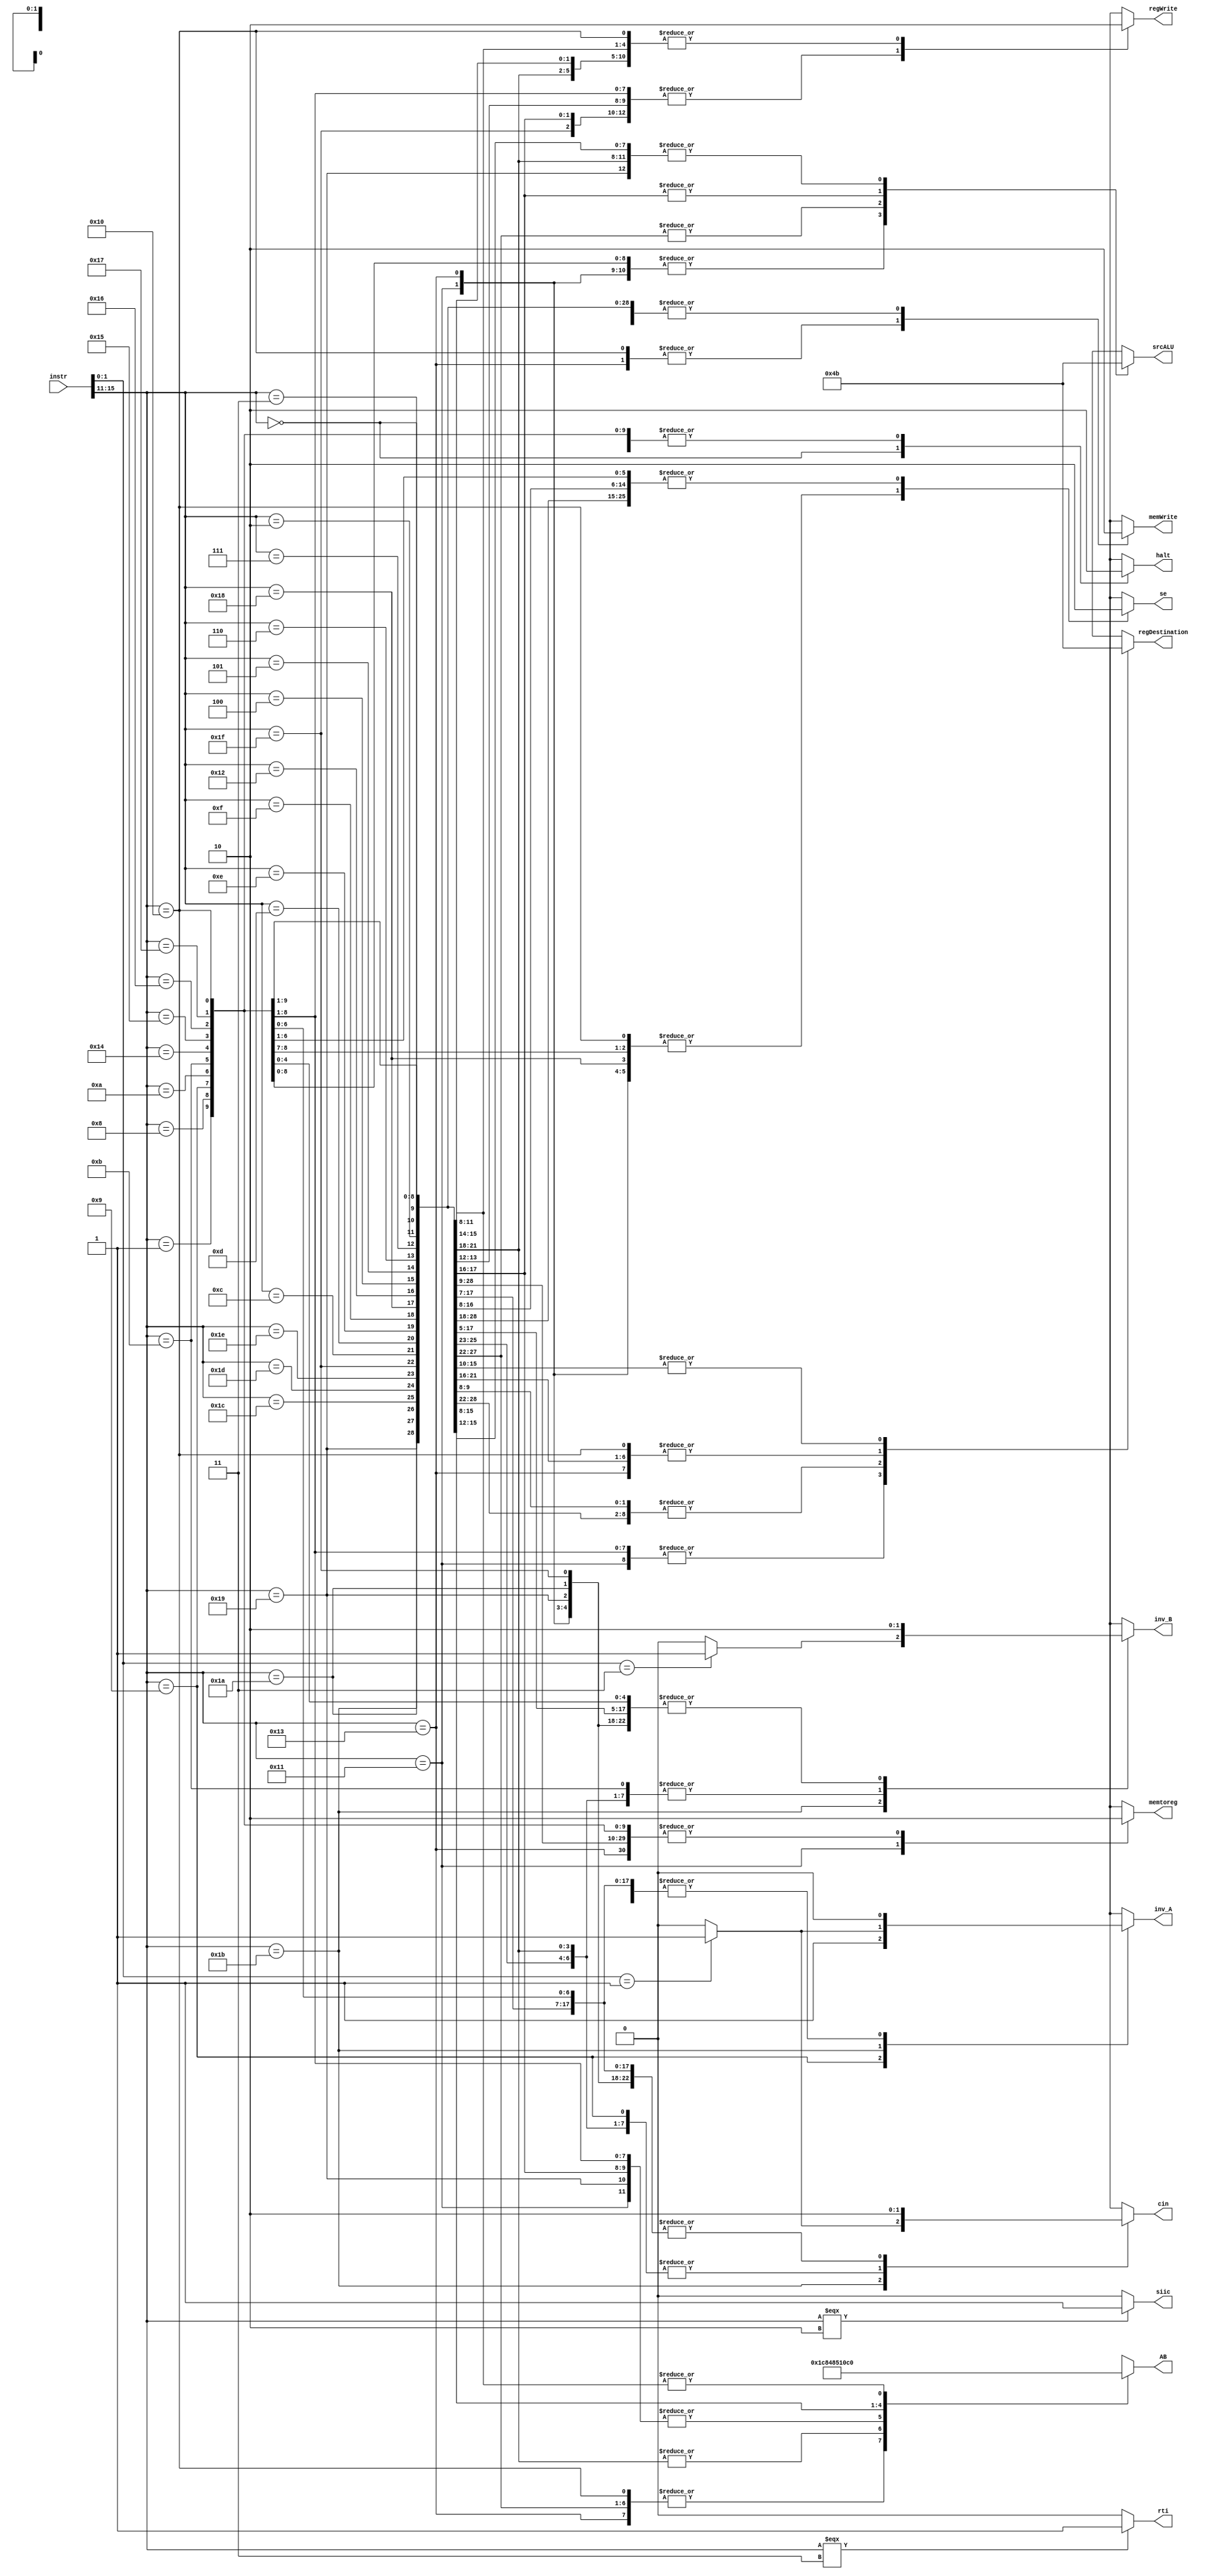
module control(instr, srcALU, regDestination, memWrite, regWrite, memtoreg, inv_A, inv_B, cin, AB, se, halt, siic, rti);

  input [15:0] instr;
  output reg [1:0] srcALU;
  output reg [1:0] regDestination;
  output reg memWrite, regWrite, memtoreg;
  output reg inv_A, inv_B, cin;
  output reg [4:0] AB;
  output reg se;
  output reg halt;
  output siic;
  output rti;

  assign siic = (instr[15:11]===5'b00010)? 1'b1: 1'b0;
  assign rti = (instr[15:11]===5'b00011)? 1'b1: 1'b0;  

  always @(*) begin
///////////////////////////////////////////////////////////////
// 	 	 DEFAULTING THE CONTROL SIGNALS  	     //
//	- - - - - - - - - - - - - - - - - - - - - - - -      //
//		memWrite, RegWrite, memtoreg -> 0	     //
//		       srcALU -> 0  			     //
//	   	       RegDst -> R7			     //
//			AB -> 0  			     //
//		inv_A, inv_B, Cin, se, halt -> 0	     //
///////////////////////////////////////////////////////////////
    srcALU = 2'b11; 
    regDestination = 2'b11; 
    memWrite = 1'b0;
    regWrite = 1'b0;
    memtoreg = 1'b0;
    inv_A = 1'b0;
    inv_B = 1'b0;
    cin = 1'b0;
    AB = 5'b00000;
    se = 1'b0;
    halt = 1'b0;
    //siic = 1'b0;
    //rti = 1'b0;

    case ({instr[15:11]})
///////////////////////////////////////////////////////////
// 		        HALT 		      		 //
//   Cease instruction issue, dump memory state to file	 //
/////////////////////////////////////////  //////////////// 
      5'b00000: begin 
        regDestination = 2'b00; 
        halt = 1'b1;
      end

///////////////////////////////////////////////////////////
// 		        NOP 		      		 //
//   			None				 //
/////////////////////////////////////////////////////////// 
      5'b00001: begin 
        regDestination = 2'b00; 
      end

///////////////////////////////////////////////////////////
// 		        ADDI 		      		 //
//   		    Rd, Rs, immediate			 //
/////////////////////////////////////////////////////////// 
      5'b01000: begin 
        srcALU = 2'b01; 
        regDestination = 2'b01; 
        regWrite = 1'b1;
        AB = 5'b00010;
        se = 1'b1;
      end

///////////////////////////////////////////////////////////
// 		        SUBI 		      		 //
//   		    Rd, Rs, immediate			 //
///////////////////////////////////////////////////////////
      5'b01001: begin
        srcALU = 2'b01; 
        regDestination = 2'b01; 
        regWrite = 1'b1;
        inv_A = 1'b1;
        cin = 1'b1;
        AB = 5'b00010;
        se = 1'b1;
      end

///////////////////////////////////////////////////////////
// 		        XORI 		      		 //
//   		    Rd, Rs, immediate			 //
/////////////////////////////////////////////////////////// 
      5'b01010: begin 
        srcALU = 2'b01; 
        regDestination = 2'b01; 
        regWrite = 1'b1;
        AB = 5'b00010;
      end

///////////////////////////////////////////////////////////
// 		        ANDI 		      		 //
//   		    Rd, Rs, immediate			 //
/////////////////////////////////////////////////////////// 
      5'b01011: begin 
        srcALU = 2'b01; 
        regDestination = 2'b01; 
        regWrite = 1'b1;
        inv_B = 1'b1;
        AB = 5'b00010;
      end

///////////////////////////////////////////////////////////
// 		        ROLI 		      		 //
//   		    Rd, Rs, immediate			 //
/////////////////////////////////////////////////////////// 
      5'b10100: begin 
        srcALU = 2'b01; 
        regDestination = 2'b01; 
        regWrite = 1'b1;
        AB = 5'b00010;
      end

///////////////////////////////////////////////////////////
// 		        SLLI 		      		 //
//   		    Rd, Rs, immediate			 //
/////////////////////////////////////////////////////////// 
      5'b10101: begin 
        srcALU = 2'b01; 
        regDestination = 2'b01; 
        regWrite = 1'b1;
        AB = 5'b00010;
      end

///////////////////////////////////////////////////////////
// 		        RORI 		      		 //
//   		    Rd, Rs, immediate			 //
/////////////////////////////////////////////////////////// 
      5'b10110: begin 
        srcALU = 2'b01; 
        regDestination = 2'b01; 
        regWrite = 1'b1;
        AB = 5'b00010;
      end


///////////////////////////////////////////////////////////
// 		        SRLI 		      		 //
//   		    Rd, Rs, immediate			 //
/////////////////////////////////////////////////////////// 
      5'b10111: begin 
        srcALU = 2'b01; 
        regDestination = 2'b01; 
        regWrite = 1'b1;
        AB = 5'b00010;
      end

///////////////////////////////////////////////////////////
// 		        ST 		      		 //
//   		    Rd, Rs, immediate			 //
/////////////////////////////////////////////////////////// 
      5'b10000: begin 
        srcALU = 2'b01; 
        regDestination = 2'b10; 
        memWrite = 1'b1;
        AB = 5'b00011;
        se = 1'b1;
      end


///////////////////////////////////////////////////////////
// 		        LD 		      		 //
//   		    Rd, Rs, immediate			 //
/////////////////////////////////////////////////////////// 
      5'b10001: begin 
        srcALU = 2'b01; 
        regDestination = 2'b01; 
        regWrite = 1'b1;
        memtoreg = 1'b1;
        AB = 5'b00010;
        se = 1'b1;
      end


///////////////////////////////////////////////////////////
// 		        STU 		      		 //
//   		    Rd, Rs, immediate			 //
/////////////////////////////////////////////////////////// 
      5'b10011: begin 
        srcALU = 2'b01; 
        regDestination = 2'b10; 
        memWrite = 1'b1;
        regWrite = 1'b1;
        AB = 5'b00011;
        se = 1'b1;
      end


///////////////////////////////////////////////////////////
// 		        BTR 		      		 //
//   		      Rd, Rs				 //
///////////////////////////////////////////////////////////
      5'b11001: begin 
        srcALU = 2'b11; 
        regDestination = 2'b00;
        regWrite = 1'b1;
        AB = 5'b00010;
      end


///////////////////////////////////////////////////////////
// 		  ADD/SUB/XOR/ANDN 	      		 //
//   		      Rd, Rs, Rt			 //
///////////////////////////////////////////////////////////
      5'b11011: begin 
        srcALU = 2'b00; 
        regDestination = 2'b00; 
        regWrite = 1'b1;
        inv_A = (instr[1:0] == 2'b01) ? 1'b1 : 1'b0;
        inv_B = (instr[1:0] == 2'b11) ? 1'b1 : 1'b0;
        cin = (instr[1:0] == 2'b01) ? 1'b1 : 1'b0;
        AB = 5'b00011;
      end

///////////////////////////////////////////////////////////
// 		  ROL/SLL/ROR/SRL	      		 //
//   		      Rd, Rs, Rt			 //
/////////////////////////////////////////////////////////// 
      5'b11010: begin 
        srcALU = 2'b00; 
        regDestination = 2'b00; 
        regWrite = 1'b1;
        AB = 5'b00011;
      end

///////////////////////////////////////////////////////////
// 		 	  SEQ      			 //
//   		      Rd, Rs, Rt			 //
///////////////////////////////////////////////////////////
      5'b11100: begin 
        srcALU = 2'b00; 
        regDestination = 2'b00; 
        regWrite = 1'b1;
        inv_B = 1'b1;
        cin = 1'b1;
        AB = 5'b00011;
      end

///////////////////////////////////////////////////////////
// 		  	SLT      	 		 //
//   		      Rd, Rs, Rt			 //
///////////////////////////////////////////////////////////
      5'b11101: begin 
        srcALU = 2'b00; 
        regDestination = 2'b00; 
        regWrite = 1'b1;
        inv_B = 1'b1;
        cin = 1'b1;
        AB = 5'b00011;
      end

///////////////////////////////////////////////////////////
// 		  	SLE      			 //
//   		      Rd, Rs, Rt			 //
/////////////////////////////////////////////////////////// 
      5'b11110: begin 
        srcALU = 2'b00; 
        regDestination = 2'b00; 
        regWrite = 1'b1;
        inv_B = 1'b1;
        cin = 1'b1;
        AB = 5'b00011;
      end

///////////////////////////////////////////////////////////
// 		  	SCO		      		 //
//   		      Rd, Rs, Rt			 //
/////////////////////////////////////////////////////////// 
      5'b11111: begin 
        srcALU = 2'b00; 
        regDestination = 2'b00; 
        regWrite = 1'b1;
        AB = 5'b00011;
      end

///////////////////////////////////////////////////////////
// 		  	BEQZ		      		 //
//   		     Rs, immediate			 //
/////////////////////////////////////////////////////////// 
      5'b01100: begin 
        regDestination = 2'b10; 
        inv_B = 1'b1;
        cin = 1'b1;
        AB = 5'b10010;
      end

///////////////////////////////////////////////////////////
// 		  	BNEZ		      		 //
//   		     Rs, immediate			 //
/////////////////////////////////////////////////////////// 
      5'b01101: begin 
        regDestination = 2'b10; 
        inv_B = 1'b1;
        cin = 1'b1;
        AB = 5'b10010;
      end

///////////////////////////////////////////////////////////
// 		  	BLTZ		      		 //
//   		     Rs, immediate			 //
/////////////////////////////////////////////////////////// 
      5'b01110: begin
        regDestination = 2'b10; 
        inv_B = 1'b1;
        cin = 1'b1;
        AB = 5'b10010;
      end


///////////////////////////////////////////////////////////
// 		  	BGEZ		      		 //
//   		     Rs, immediate			 //
/////////////////////////////////////////////////////////// 
      5'b01111: begin 
        regDestination = 2'b10; 
        inv_B = 1'b1;
        cin = 1'b1;
        AB = 5'b10010;
      end

///////////////////////////////////////////////////////////
// 		  	LBI		      		 //
//   		     Rs, immediate			 //
/////////////////////////////////////////////////////////// 
      5'b11000: begin 
        srcALU = 2'b10;
        regDestination = 2'b10; 
        regWrite = 1'b1;
        AB = 5'b00010;
        se = 1'b1;
      end

///////////////////////////////////////////////////////////
// 		  	SLBI		      		 //
//   		     Rs, immediate			 //
/////////////////////////////////////////////////////////// 
      5'b10010: begin 
        srcALU = 2'b10; 
        regDestination = 2'b10;
        regWrite = 1'b1;
        AB = 5'b00010;
      end

///////////////////////////////////////////////////////////
// 		  	J		      		 // 
///////////////////////////////////////////////////////////
      5'b00100: begin 
        AB = 5'b01000;
      end

///////////////////////////////////////////////////////////
// 		  	JR		      		 // 
/////////////////////////////////////////////////////////// 
      5'b00101: begin 
        AB = 5'b01010;
      end

///////////////////////////////////////////////////////////
// 		  	JAL		      		 // 
/////////////////////////////////////////////////////////// 
      5'b00110: begin 
        regWrite = 1'b1;
        AB = 5'b00100;
      end

///////////////////////////////////////////////////////////
// 		  	JALR		      		 // 
/////////////////////////////////////////////////////////// 
      5'b00111: begin 
        regWrite = 1'b1;
        AB = 5'b00110;
      end

///////////////////////////////////////////////////////////
// 		  	siic		      		 // 
/////////////////////////////////////////////////////////// 
      5'b00010: begin 
        regWrite = 1'b0;
        //siic = 1'b1;
      end

///////////////////////////////////////////////////////////
// 		  	NOP/RTI		      		 // 
/////////////////////////////////////////////////////////// 
      5'b00011: begin
        regWrite = 1'b0;
        //rti = 1'b1;
      end
      default: begin
      end
    endcase
  end
endmodule